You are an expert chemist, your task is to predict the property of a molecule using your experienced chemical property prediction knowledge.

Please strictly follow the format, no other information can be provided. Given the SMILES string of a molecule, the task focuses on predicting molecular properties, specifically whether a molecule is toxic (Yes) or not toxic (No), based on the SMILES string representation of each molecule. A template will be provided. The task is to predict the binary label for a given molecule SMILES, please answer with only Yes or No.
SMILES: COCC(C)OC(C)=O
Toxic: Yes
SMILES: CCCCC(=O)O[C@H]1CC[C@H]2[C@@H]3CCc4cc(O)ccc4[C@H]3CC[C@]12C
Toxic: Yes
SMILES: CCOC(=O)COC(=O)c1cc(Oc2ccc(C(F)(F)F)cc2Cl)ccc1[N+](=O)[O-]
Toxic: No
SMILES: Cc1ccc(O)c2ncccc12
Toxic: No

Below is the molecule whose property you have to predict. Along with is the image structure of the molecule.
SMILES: O=S(=O)([O-])CCN1CCN(CCO)CC1
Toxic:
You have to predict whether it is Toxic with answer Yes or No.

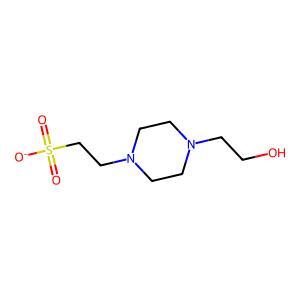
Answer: No